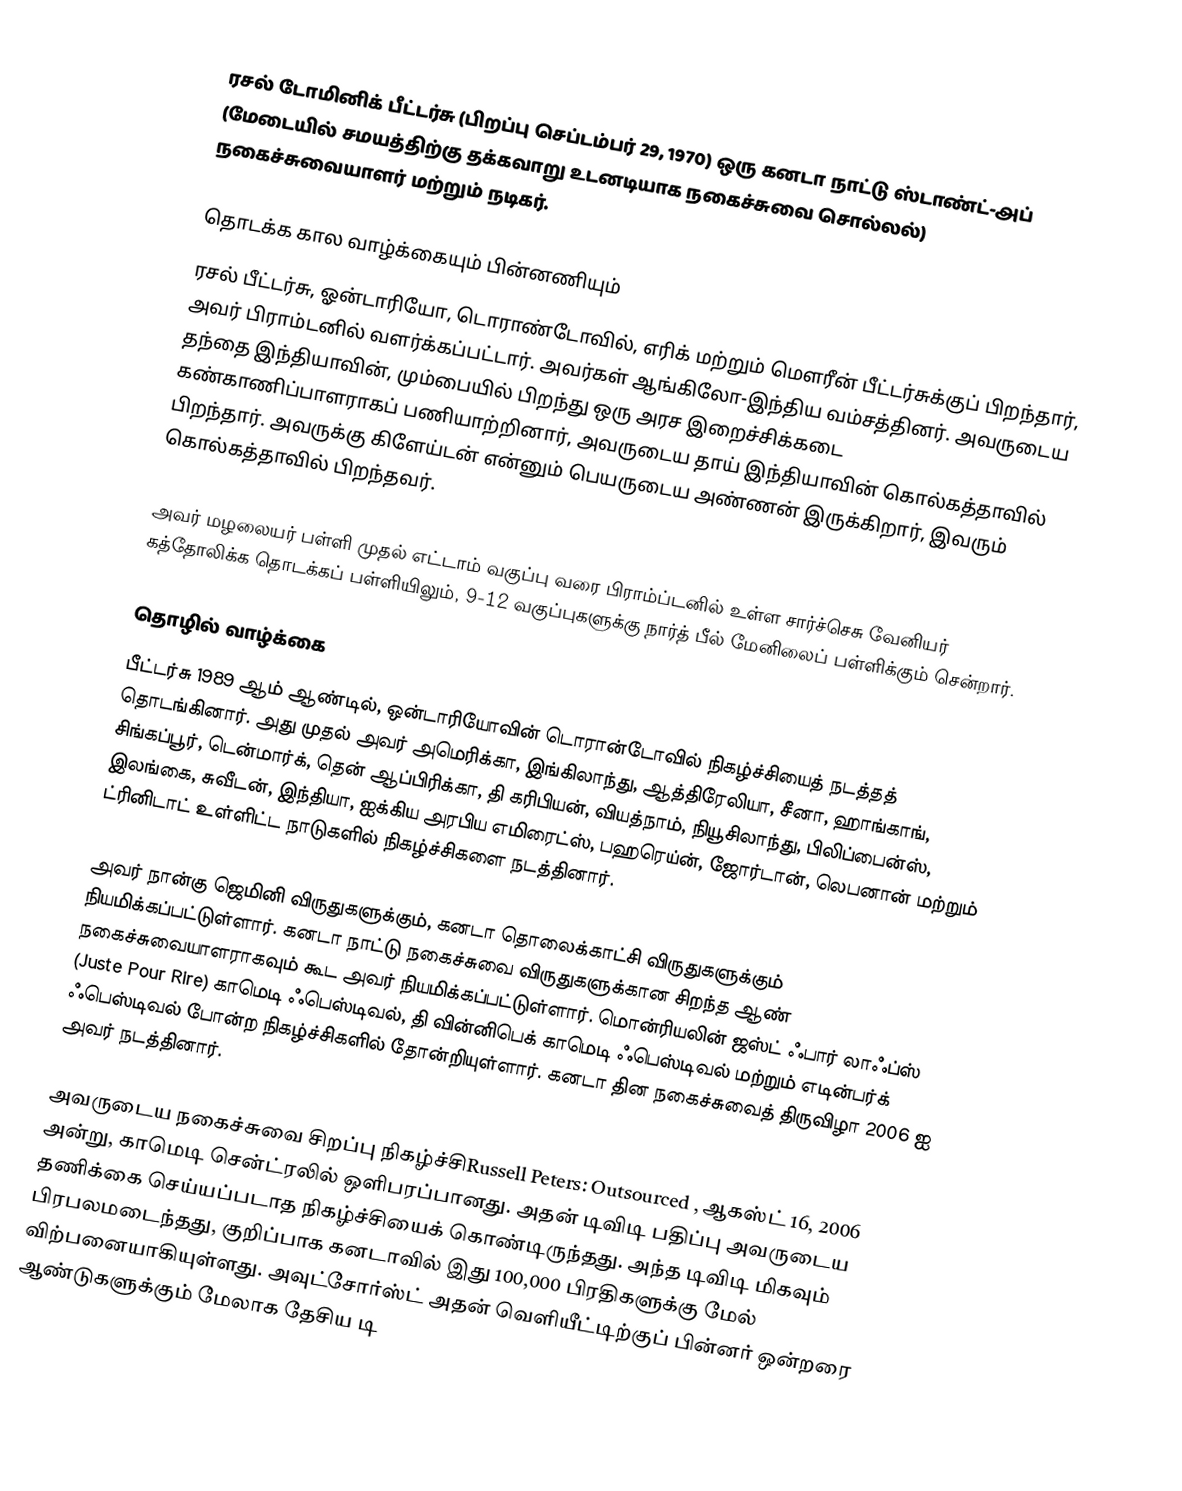
ரசல் டோமினிக் பீட்டர்சு  (பிறப்பு செப்டம்பர் 29, 1970) ஒரு கனடா நாட்டு ஸ்டாண்ட்-அப் (மேடையில் சமயத்திற்கு தக்கவாறு உடனடியாக நகைச்சுவை சொல்லல்) நகைச்சுவையாளர் மற்றும் நடிகர்.

தொடக்க கால வாழ்க்கையும் பின்னணியும்
ரசல் பீட்டர்சு, ஓன்டாரியோ, டொராண்டோவில், எரிக் மற்றும் மௌரீன் பீட்டர்சுக்குப் பிறந்தார், அவர் பிராம்டனில் வளர்க்கப்பட்டார். அவர்கள் ஆங்கிலோ-இந்திய வம்சத்தினர். அவருடைய தந்தை இந்தியாவின், மும்பையில் பிறந்து ஒரு அரச இறைச்சிக்கடை கண்காணிப்பாளராகப் பணியாற்றினார், அவருடைய தாய் இந்தியாவின் கொல்கத்தாவில் பிறந்தார். அவருக்கு கிளேய்டன் என்னும் பெயருடைய அண்ணன் இருக்கிறார், இவரும் கொல்கத்தாவில் பிறந்தவர்.

அவர் மழலையர் பள்ளி முதல் எட்டாம் வகுப்பு வரை பிராம்ப்டனில் உள்ள சார்ச்செசு வேனியர் கத்தோலிக்க தொடக்கப் பள்ளியிலும், 9-12 வகுப்புகளுக்கு நார்த் பீல் மேனிலைப் பள்ளிக்கும் சென்றார்.

தொழில் வாழ்க்கை
பீட்டர்சு 1989 ஆம் ஆண்டில், ஒன்டாரியோவின் டொரான்டோவில் நிகழ்ச்சியைத் நடத்தத் தொடங்கினார். அது முதல் அவர் அமெரிக்கா, இங்கிலாந்து, ஆத்திரேலியா, சீனா, ஹாங்காங், சிங்கப்பூர், டென்மார்க், தென் ஆப்பிரிக்கா, தி கரிபியன், வியத்நாம், நியூசிலாந்து, பிலிப்பைன்ஸ், இலங்கை, சுவீடன், இந்தியா, ஐக்கிய அரபிய எமிரைட்ஸ், பஹரெய்ன், ஜோர்டான், லெபனான் மற்றும் ட்ரினிடாட் உள்ளிட்ட நாடுகளில் நிகழ்ச்சிகளை நடத்தினார்.

அவர் நான்கு ஜெமினி விருதுகளுக்கும், கனடா தொலைக்காட்சி விருதுகளுக்கும் நியமிக்கப்பட்டுள்ளார். கனடா நாட்டு நகைச்சுவை விருதுகளுக்கான சிறந்த ஆண் நகைச்சுவையாளராகவும் கூட அவர் நியமிக்கப்பட்டுள்ளார். மொன்ரியலின் ஜஸ்ட் ஃபார் லாஃப்ஸ் (Juste Pour Rire) காமெடி ஃபெஸ்டிவல், தி வின்னிபெக் காமெடி ஃபெஸ்டிவல் மற்றும் எடின்பர்க் ஃபெஸ்டிவல் போன்ற நிகழ்ச்சிகளில் தோன்றியுள்ளார். கனடா தின நகைச்சுவைத் திருவிழா 2006 ஐ அவர் நடத்தினார்.

அவருடைய நகைச்சுவை சிறப்பு நிகழ்ச்சிRussell Peters: Outsourced , ஆகஸ்ட் 16, 2006 அன்று, காமெடி சென்ட்ரலில் ஒளிபரப்பானது. அதன் டிவிடி பதிப்பு அவருடைய தணிக்கை செய்யப்படாத நிகழ்ச்சியைக் கொண்டிருந்தது. அந்த டிவிடி மிகவும் பிரபலமடைந்தது, குறிப்பாக கனடாவில் இது 100,000 பிரதிகளுக்கு மேல் விற்பனையாகியுள்ளது. அவுட்சோர்ஸ்ட் அதன் வெளியீட்டிற்குப் பின்னர் ஒன்றரை ஆண்டுகளுக்கும் மேலாக தேசிய டி